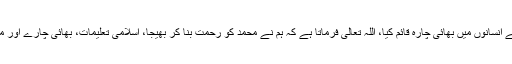
اسلامی تعلیمات نے انسانوں میں بھائی چارہ قائم کیا، اللہ تعالیٰ فرماتا ہے کہ ہم نے محمدؐ کو رحمت بنا کر بھیجا، اسلامی تعلیمات، بھائی چارے اور محبت پر مبنی ہے۔